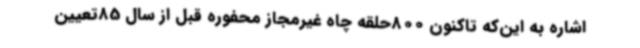
اشاره به این‌که تاکنون 800حلقه چاه غیرمجاز محفوره قبل از سال 85تعیین